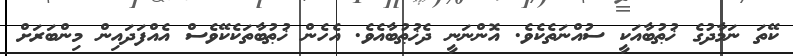
ކޭތަ ނަމާދުގެ ޚުޠުބާއަކީ ސުއްނަތެކެވެ. އޮންނަނީ ދެޚުޠުބާއެވެ. އެެހެން ޚުޠުބާތަކެކޭވެސް އެއްފަދައިން މިންބަރަށް